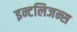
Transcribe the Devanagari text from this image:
इन्टलिजन्स